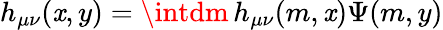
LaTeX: h_{\mu\nu}(\mathit{x},y)=\intdm\, h_{\mu\nu}(m,\mathit{x})\Psi(m,y)